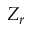
Z _ { r }